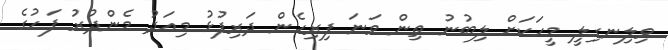
ވިލިނގިލީ މީހަކަށް ލިބުނު ތިން ވަނަ ފިރިހެން ދަރިފުޅު މިއަދު މެންދުރު ފަހުގެ